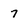
Character: 7